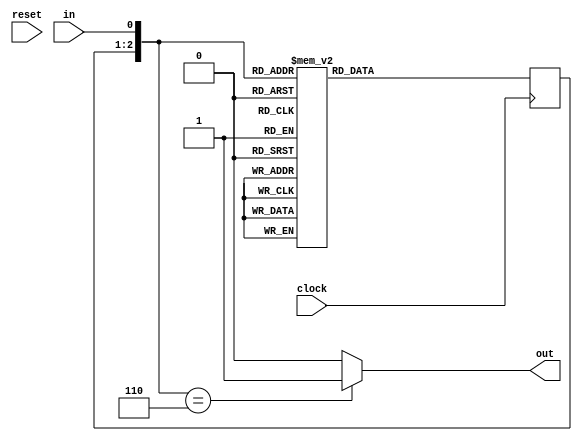
module maquinaDeEstadosMealyDescricaoComportamental(input in,clock,reset, output reg out);
	reg [1:0] nextState, currentState; 
  	initial begin 
  		nextState = 0;
        currentState = 0;
 	end
	always@({currentState,in}) begin 
		///next state
		case ({currentState,in})
			3'b000: nextState <= 2'b00;
			3'b001: nextState <= 2'b01;
			3'b010: nextState <= 2'b10;
			3'b011: nextState <= 2'b01;
			3'b100: nextState <= 2'b00;
			3'b101: nextState <= 2'b11;
			3'b110: nextState <= 2'b10;
			3'b111: nextState <= 2'b01;
		endcase	
		//output Logic
		case ({currentState,in}) 
			3'b110 :out <= 1;
			default: out <= 0;
		endcase
	end
	//Reg
	always@(posedge clock) begin
		 currentState <= nextState;
	end
endmodule